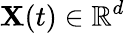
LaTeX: \mathbf X(t)\in\mathbb R^{d}